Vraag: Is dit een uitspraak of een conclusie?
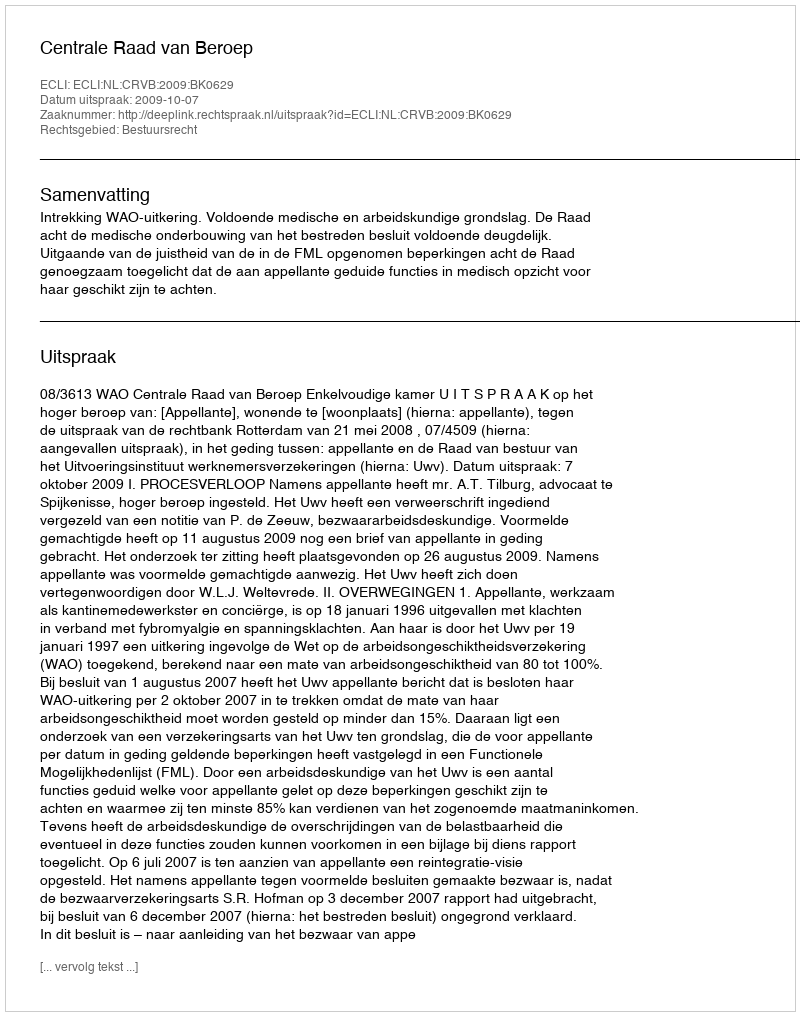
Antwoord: Uitspraak